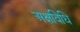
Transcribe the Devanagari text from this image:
अक्षविधि